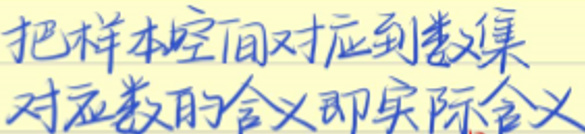
把样本空间对应到数据集\\
对应函数的含义即实际含义